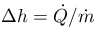
\Delta h = \dot { Q } / \dot { m }